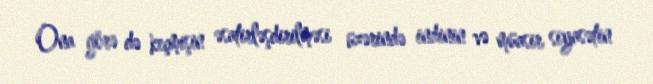
Ona görə də keçmişin əsatirləşdirilməsi üzərində indinin və müasir siyasətin